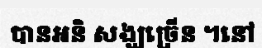
បានអនិ សង្ឃច្រើន ។នៅ